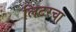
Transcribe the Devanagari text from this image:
लिटरचा